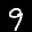
Label: 9